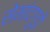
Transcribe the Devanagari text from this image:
सेमांदगुड़ी